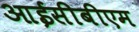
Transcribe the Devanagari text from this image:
आईसीबीएम